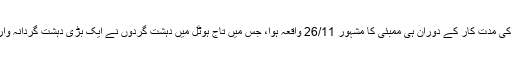
جنرل وی کے سنگھ کی مدتِ کار کے دوران ہی ممبئی کا مشہور 26/11 واقعہ ہوا، جس میں تاج ہوٹل میں دہشت گردوں نے ایک بڑی دہشت گردانہ واردات کو انجام دیا تھا۔